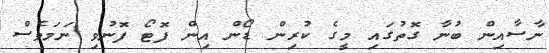
ނާސާއިން ބުނާ ގޮތުގައި މީގެ ކުރިން ޑޯން އިން ފޮޓޯ ފޮނުވި ނަމަވެސް